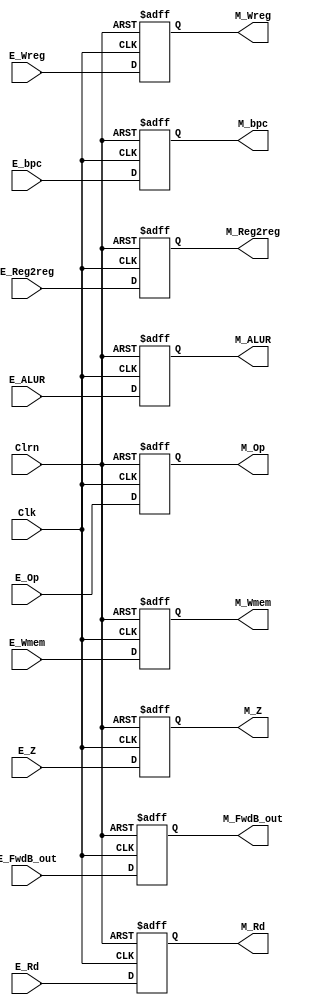
`timescale 1ns / 1ps
module pipe_exemem_reg(Clk,Clrn,E_Wreg,E_Reg2reg,E_Wmem,E_Z,E_Op,E_bpc,E_ALUR,E_FwdB_out,E_Rd,M_Wreg,M_Reg2reg,M_Wmem,M_Z,M_Op,M_bpc,M_ALUR,M_FwdB_out,M_Rd);
    input Clk,Clrn;
    input E_Wreg,E_Reg2reg,E_Wmem,E_Z;
    input [5:0]E_Op;
    input [31:0]E_bpc,E_ALUR,E_FwdB_out;
    input [4:0]E_Rd;
    output reg M_Wreg,M_Reg2reg,M_Wmem,M_Z;
    output reg [5:0]M_Op;
    output reg [31:0]M_bpc,M_ALUR,M_FwdB_out;
    output reg [4:0]M_Rd;
    always@ (posedge Clk or negedge Clrn)
        if(Clrn==0)begin
            M_Wreg<=0;          M_Reg2reg<=0;
            M_Wmem<=0;          M_Z<=0;
            M_Op<=0;            M_bpc<=0;
            M_ALUR<=0;          M_FwdB_out<=0;
            M_Rd<=0;
        end else begin
            M_Wreg<=E_Wreg;          M_Reg2reg<=E_Reg2reg;
            M_Wmem<=E_Wmem;          M_Z<=E_Z;
            M_Op<=E_Op;              M_bpc<=E_bpc;
            M_ALUR<=E_ALUR;          M_FwdB_out<=E_FwdB_out;
            M_Rd<=E_Rd;
        end
endmodule